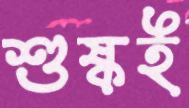
শুষ্কই